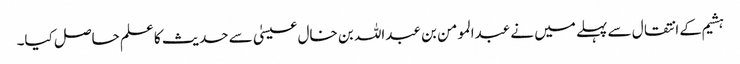
ہشیم کے انتقال سے پہلے میں نے عبدالمومن بن عبداللہ بن خال عیسیٰ سے حدیث کا علم حاصل کیا۔